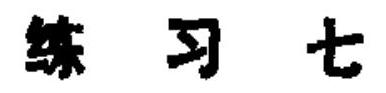
练习七